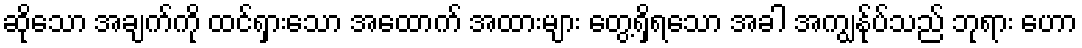
ဆိုသော အချက်ကို ထင်ရှားသော အထောက် အထားများ တွေ့ရှိရသော အခါ အကျွန်ုပ်သည် ဘုရား ဟော